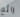
رائع